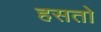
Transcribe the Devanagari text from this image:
हसतो